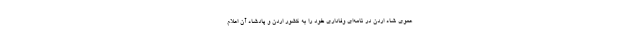
عموی شاه اردن در نامه‌ای وفاداری خود را به کشور اردن و پادشاه آن اعلام